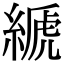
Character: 𦃇